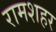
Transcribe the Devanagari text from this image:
रामशहर